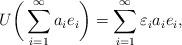
LaTeX: \begin{align*} U \bigg(\sum_{i=1}^{\infty} a_i e_i\bigg) = \sum_{i=1}^{\infty} \varepsilon_i a_i e_i, \end{align*}